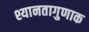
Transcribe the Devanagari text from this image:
श्यानतागुणाक